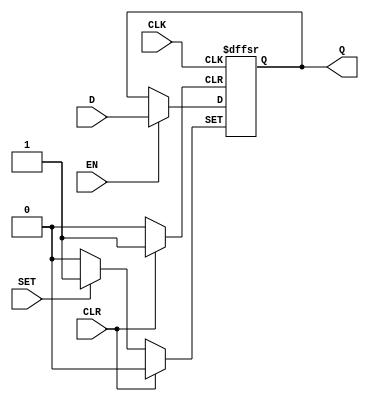
/* Generated by Yosys 0.20 (git sha1 4fcb95ed087, clang  -fPIC -Os) */

(* dynports =  1  *)
(* src = "dffsre.v:1.1-30.10" *)
module m_0(CLK, SET, CLR, EN, D, Q);
  (* src = "dffsre.v:9.7-9.10" *)
  input CLK;
  wire CLK;
  (* src = "dffsre.v:10.24-10.27" *)
  input CLR;
  wire CLR;
  (* src = "dffsre.v:10.29-10.30" *)
  input D;
  wire D;
  (* src = "dffsre.v:9.12-9.14" *)
  input EN;
  wire EN;
  (* src = "dffsre.v:11.24-11.25" *)
  output Q;
  reg Q;
  (* src = "dffsre.v:10.19-10.22" *)
  input SET;
  wire SET;
  (* src = "dffsre.v:20.3-26.18" *)
  always @(posedge CLK, posedge SET, posedge CLR)
    if (CLR) Q <= 1'b0;
    else if (SET) Q <= 1'b1;
    else if (EN) Q <= D;
endmodule